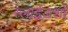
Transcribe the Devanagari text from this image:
स्लाईडशो